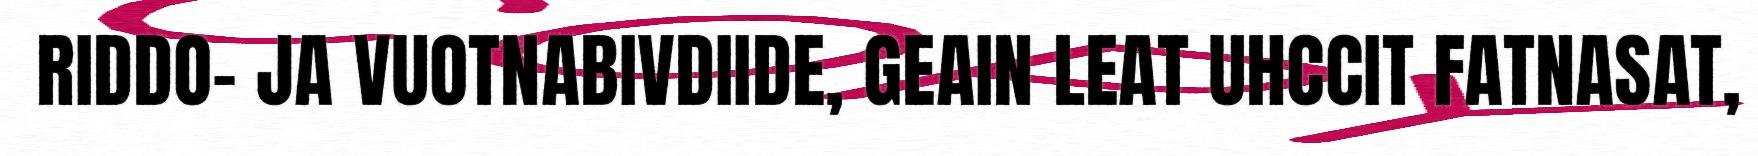
RIDDO- JA VUOTNABIVDIIDE, GEAIN LEAT UHCCIT FATNASAT,